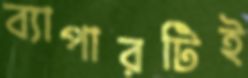
ব্যাপারটিই